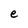
Character: e